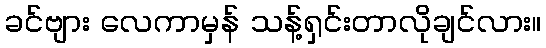
ခင်ဗျား လေကာမှန် သန့်ရှင်းတာလိုချင်လား။